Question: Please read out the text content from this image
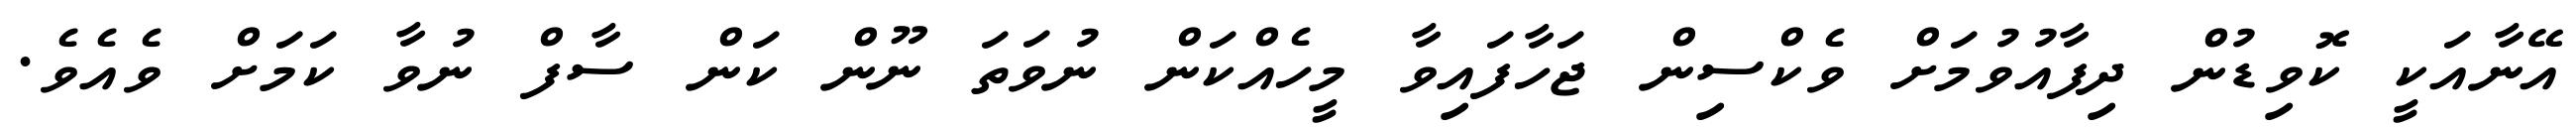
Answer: އޭނާއަކީ ކޮވިޑުން ދިފާއުވުމަށް ވެކްސިން ޖަހާފައިވާ މީހެއްކަން ނުވަތަ ނޫން ކަން ސާފް ނުވާ ކަމަށް ވެއެވެ.